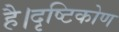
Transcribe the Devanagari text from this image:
है।दृष्टिकोण